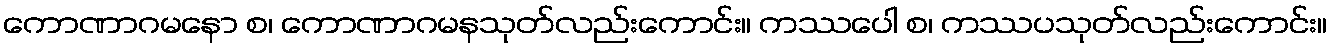
ကောဏာဂမနော စ၊ ကောဏာဂမနသုတ်လည်းကောင်း။ ကဿပေါ စ၊ ကဿပသုတ်လည်းကောင်း။